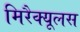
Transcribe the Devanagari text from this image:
मिरैक्यूलस